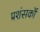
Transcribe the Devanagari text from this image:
प्रशंसकॊं